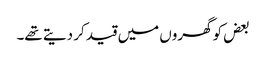
بعض کو گھروں میں قید کر دیتے تھے۔